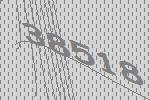
38518